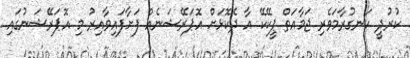
ކުރުދީ ހަނގުރާމަވެރި ޖަމާއަތް ޕީކޭކޭ އާ ދެކޮޅަށް އޮޕަރޭޝަނެއް ފަށާފައިވާއިރު މި އޮޕަރޭޝަނުގައި